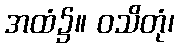
အထံ၌။ ဝသိတုံ၊